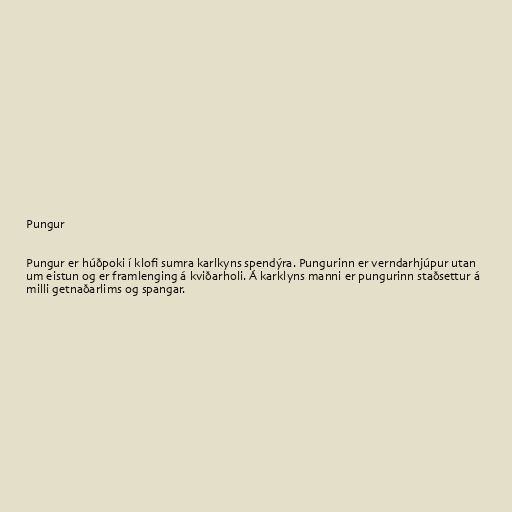
Pungur

Pungur er húðpoki í klofi sumra karlkyns spendýra. Pungurinn er verndarhjúpur utan
um eistun og er framlenging á kviðarholi. Á karklyns manni er pungurinn staðsettur á
milli getnaðarlims og spangar.